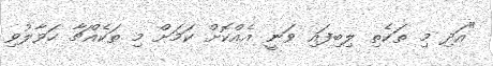
"އަދި މި ތަކެތި ލިބިފައި ވަނީ އެއްކޮށް ކަމަށް މި ތަކެއްޗާ ހަވާލުވި